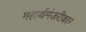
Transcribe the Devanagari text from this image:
महार्थमंजरीकार